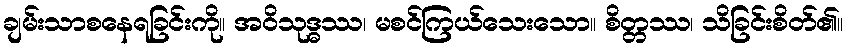
ချမ်းသာစနေရခြင်းကို။ အဝိသုဒ္ဓဿ၊ မစင်ကြယ်သေးသော။ စိတ္တဿ၊ သိခြင်းစိတ်၏။